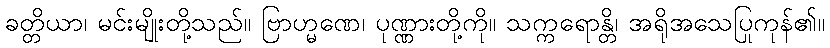
ခတ္တိယာ၊ မင်းမျိုးတို့သည်။ ဗြာဟ္မဏေ၊ ပုဏ္ဏားတို့ကို။ သက္ကရောန္တိ၊ အရိုအသေပြုကုန်၏။